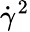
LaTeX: \dot{\gamma}^{2}